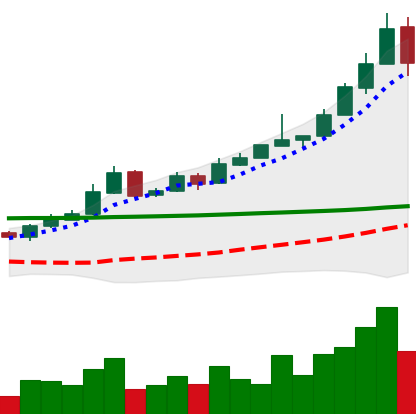
Ticker: BTC-USD
Chart end date: 2015-10-31
Forward return: 22.978%
Label: up_7plus